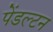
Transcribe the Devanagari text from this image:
पेंडल्टन